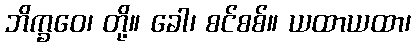
ဘိက္ခဝေ၊ တို့။ ခေါ၊ စင်စစ်။ ယထာယထာ၊